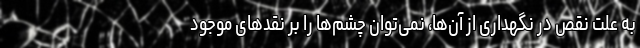
به علت نقص در نگهداری از آن‌ها، نمی‌توان چشم‌ها را بر نقدهای موجود